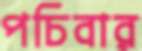
পচিবার